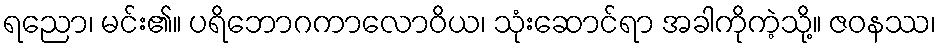
ရညော၊ မင်း၏။ ပရိဘောဂကာလောဝိယ၊ သုံးဆောင်ရာ အခါကိုကဲ့သို့။ ဇဝနဿ၊